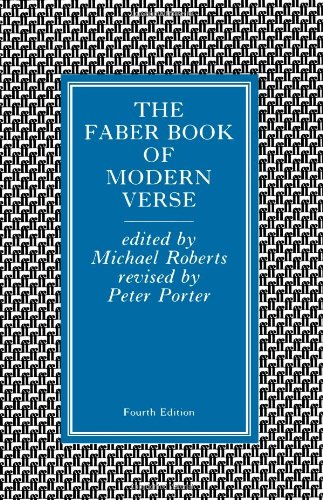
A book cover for The Faber Book of Modern Verse; Literature & Fiction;